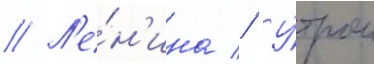
// Л'е́н'ина // У́тром